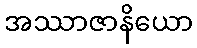
အဿာဇာနိယော